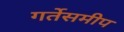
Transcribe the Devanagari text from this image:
गर्तेसमीप